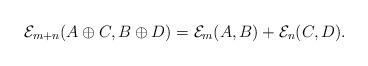
LaTeX: \begin{gather*}{\mathcal E}_{m+n}(A \oplus C, B \oplus D)={\mathcal E}_m(A, B)+{\mathcal E}_n(C, D).\end{gather*}